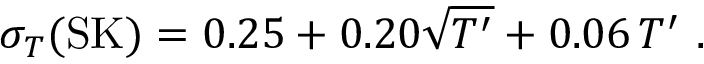
\sigma _ { T } ( \mathrm { S K } ) = 0 . 2 5 + 0 . 2 0 \sqrt { T ^ { \prime } } + 0 . 0 6 \, T ^ { \prime } \ .